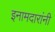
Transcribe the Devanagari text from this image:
इनामदारांनी